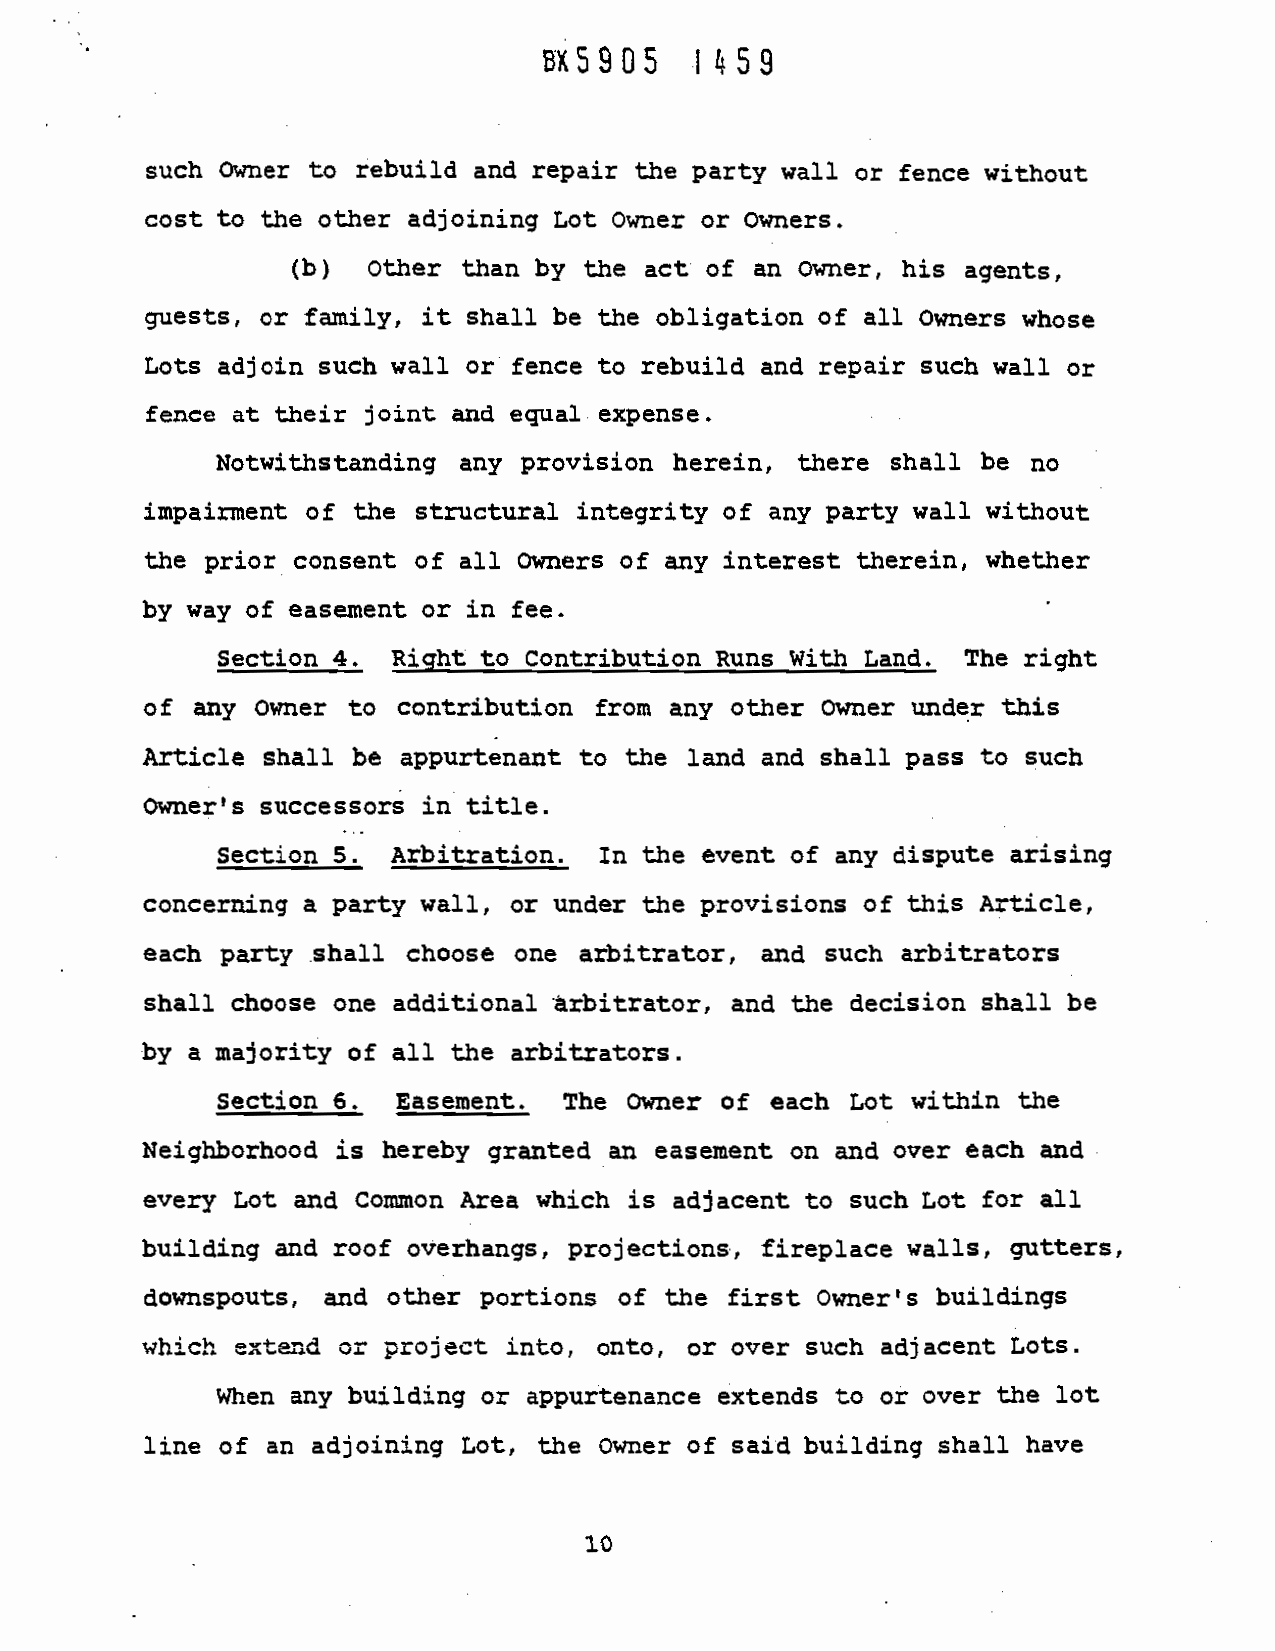
BX5905    1459
 such
 Owner to rebuild and repair the
 party wall or fence without
 cost to the other adjoining Lot Owner
 or Owners.
 (b) Other  than by  the act of an
 Owner, his agents,
 guests, or family, it shall be the obligation of all
 Owners whose
 Lots adjoin such wall or fence to rebuild
 and repair such wall or
 fence at their joint and equal
 expense.
 Notwithstanding any  provision herein, there shall be no
 impairment  of the structural integrity of
 any party wall without
 the prior consent of all Owners of
 any
 interest therein, whether
 by way of easement or in fee.
 Section 4. Right to Contribution Runs With
 Land. The  right
 of any Owner to contribution from
 any other Owner under this
 Article shall be appurtenant to the land
 and shall pass to such
 Owner's successors in title.
 Section  5. Arbitration. In the event of
 any dispute arising
 concerning a party wall, or under the provisions of this
 Article,
 each party shall  choose one arbitrator,
 and such arbitrators
 shall choose one additional arbitrator,
 and the decision shall be
 by a majority of all the arbitrators.
 Section  6. Easement.  The Owner of  each
 Lot within the
 Neighborhood is hereby granted an easement on and over each and
 every Lot and Common Area which is adjacent to such
 Lot for all
 building and roof overhangs, projections,
 fireplace walls, gutters,
 downspouts, and other portions of the first
 Owner's buildings
 which extend or project into, onto,
 or over such adjacent Lots.
 When any building or appurtenance extends to or over the lot
 line of an adjoining Lot, the Owner of
 said building shall have
 10